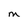
Character: W